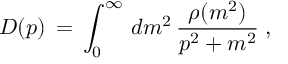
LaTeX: D ( p ) \, = \, \int _ { 0 } ^ { \infty } \, d m ^ { 2 } \, \frac { \rho ( m ^ { 2 } ) } { p ^ { 2 } + m ^ { 2 } } \; ,